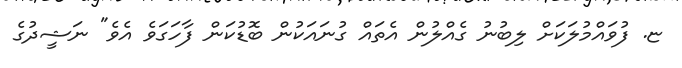
ޏ. ފުވައްމުލަކަށް ލިބުނު ގެއްލުން އެތައް ގުނައަކުން ބޮޑުކަން ފާހަގަވެ އެވެ" ނަޝީދުގެ